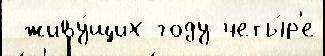
 живу́щих году четы́р'е